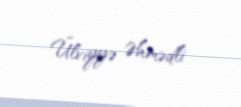
Ülviyyə Əhmədli